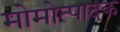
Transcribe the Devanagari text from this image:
मोमोत्पादक